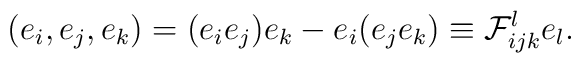
(e_i,e_j,e_k)=(e_ie_j)e_k-e_i(e_je_k)\equiv {\cal F}_{ijk}^le_l.